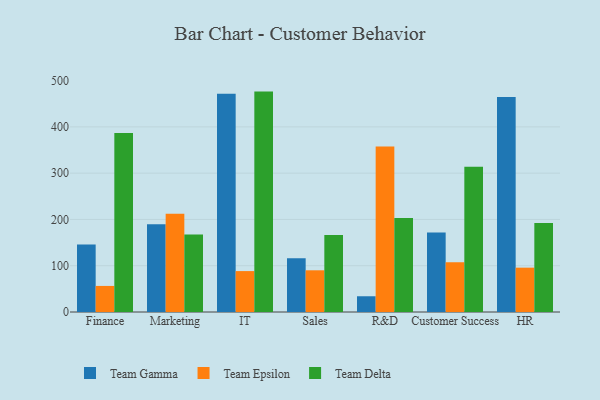
{"axis": {"x": "Department", "y": "Humidity (%)"}, "legend": ["Team Delta", "Team Epsilon", "Team Gamma"], "data": [{"x": "Finance", "y": 145.6, "type": "Team Gamma"}, {"x": "Finance", "y": 56.3, "type": "Team Epsilon"}, {"x": "Finance", "y": 386.5, "type": "Team Delta"}, {"x": "Marketing", "y": 189.7, "type": "Team Gamma"}, {"x": "Marketing", "y": 212.5, "type": "Team Epsilon"}, {"x": "Marketing", "y": 167.4, "type": "Team Delta"}, {"x": "IT", "y": 471.8, "type": "Team Gamma"}, {"x": "IT", "y": 88.4, "type": "Team Epsilon"}, {"x": "IT", "y": 476.2, "type": "Team Delta"}, {"x": "Sales", "y": 115.9, "type": "Team Gamma"}, {"x": "Sales", "y": 90.1, "type": "Team Epsilon"}, {"x": "Sales", "y": 166.1, "type": "Team Delta"}, {"x": "R&D", "y": 34.0, "type": "Team Gamma"}, {"x": "R&D", "y": 357.4, "type": "Team Epsilon"}, {"x": "R&D", "y": 202.9, "type": "Team Delta"}, {"x": "Customer Success", "y": 172.0, "type": "Team Gamma"}, {"x": "Customer Success", "y": 107.5, "type": "Team Epsilon"}, {"x": "Customer Success", "y": 314.0, "type": "Team Delta"}, {"x": "HR", "y": 464.4, "type": "Team Gamma"}, {"x": "HR", "y": 95.8, "type": "Team Epsilon"}, {"x": "HR", "y": 192.4, "type": "Team Delta"}]}